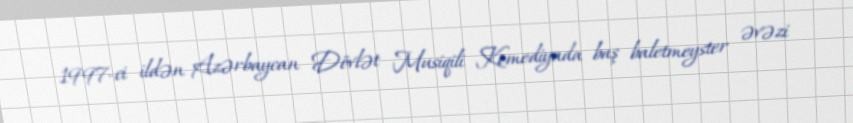
1997-ci ildən Azərbaycan Dövlət Musiqili Komediyada baş baletmeyster əvəzi